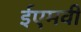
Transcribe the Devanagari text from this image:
ईएमवी